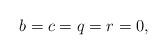
LaTeX: \begin{align*}b=c=q=r=0,\end{align*}